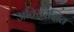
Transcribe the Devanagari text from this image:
अतिसंरक्षित